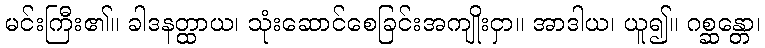
မင်းကြီး၏။ ခါဒနတ္ထာယ၊ သုံးဆောင်စေခြင်းအကျိုးငှာ။ အာဒါယ၊ ယူ၍။ ဂစ္ဆန္တော၊